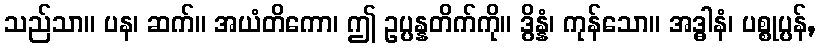
သည်သာ။ ပန၊ ဆက်။ အယံတိကော၊ ဤ ဥပ္ပန္နတိက်ကို။ ဒွိန္နံ၊ ကုန်သော။ အဒ္ဓါနံ၊ ပစ္စုပ္ပန်,